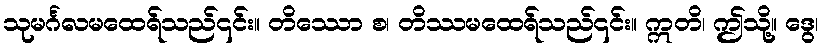
သုမင်္ဂလမထေရ်သည်၎င်း။ တိဿော စ၊ တိဿမထေရ်သည်၎င်း။ ဣတိ၊ ဤသို့။ ဒွေ၊